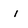
Character: i